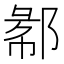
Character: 𲆖